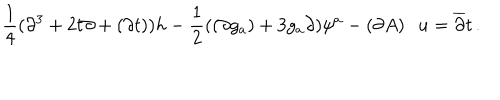
\frac { 1 } { 4 } ( \partial ^ { 3 } + 2 t \partial + ( \partial t ) ) h - \frac { 1 } { 2 } ( ( \partial g _ { a } ) + 3 g _ { a } \partial ) \psi ^ { a } - ( \partial A ) \cdot u = \overline { { { \partial } } } t \, .